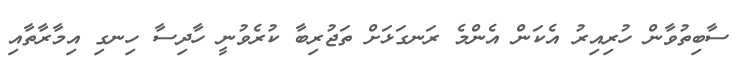
ސާބިތުވާން ހުރިއިރު އެކަން އެންމެ ރަނގަޅަށް ތަޖުރިބާ ކުރެވުނީ ހާދިސާ ހިނގި އިމާރާތާއި